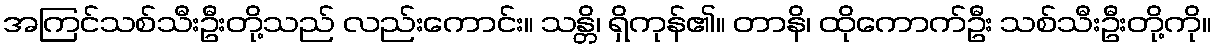
အကြင်သစ်သီးဦးတို့သည် လည်းကောင်း။ သန္တိ၊ ရှိကုန်၏။ တာနိ၊ ထိုကောက်ဦး သစ်သီးဦးတို့ကို။